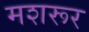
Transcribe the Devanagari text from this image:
मशरूर